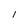
Character: l